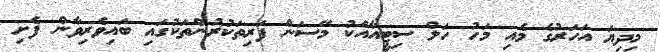
މިދިޔަ އަހަރުގެ މެއި މަހު ހަލް ސިޓީއާއެކު މޭސަން ފަރިތަކުރުންތަކުގައި ބައިވެރިވާން ފެށި